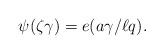
LaTeX: \begin{align*}\psi(\zeta\gamma)= e(a\gamma/\ell q).\end{align*}